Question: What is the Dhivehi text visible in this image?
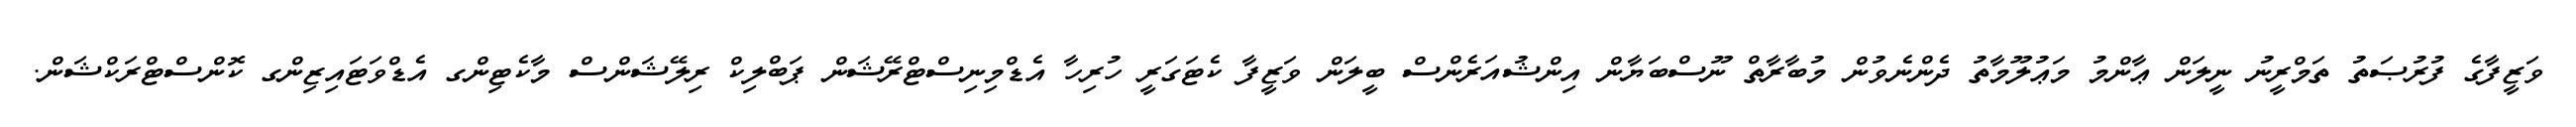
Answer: ވަޒީފާގެ ފުރުޞަތު ތަމްރީނު ނީލަން ޢާންމު މަޢުލޫމާތު ދެންނެވުން މުބާރާތް ނޫސްބަޔާން އިންޝުއަރެންސް ބީލަން ވަޒީފާ ކެޓަގަރީ ހުރިހާ އެޑްމިނިސްޓްރޭޝަން ޕަބްލިކް ރިލޭޝަންސް މާކެޓިންގ އެޑްވަޓައިޒިންގ ކޮންސްޓްރަކްޝަން.